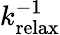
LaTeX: k_{\mathrm{relax}}^{-1}